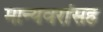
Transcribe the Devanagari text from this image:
मान्यवरांसह